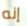
إنه